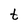
Character: t